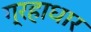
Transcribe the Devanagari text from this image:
ग्रहाधार